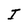
Character: I